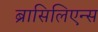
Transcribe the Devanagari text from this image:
ब्रासिलिएन्स